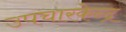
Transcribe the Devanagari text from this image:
उपचारकेन्द्र